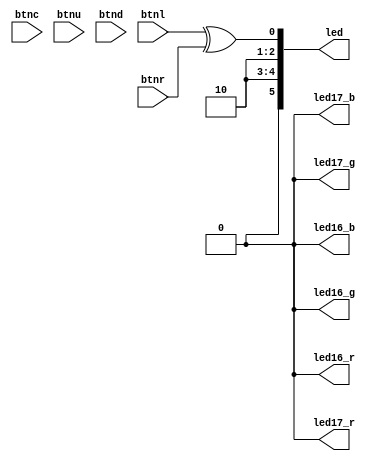
// This program was cloned from: https://github.com/DigitalDesignSchool/ce2020labs
// License: MIT License

module top
(
    input         btnc,
    input         btnu,
    input         btnl,
    input         btnr,
    input         btnd,

    output [15:0] led,

    output        led16_r,
    output        led16_g,
    output        led16_b,

    output        led17_r,
    output        led17_g,
    output        led17_b
);

    assign led [0] = btnl ^ btnr;

    // Exercise 1: Change the code below.
    // Write the same for led [1] - logic operation AND 
    // Write the same for led [2] - logic operation OR

    assign led [1] = 1'b0;
    assign led [2] = 1'b1;

    // Exercise 2: RGB leds allow to make different colors.
    // Explore them.

    assign led16_r = 1'b0;
    assign led16_g = 1'b0;
    assign led16_b = 1'b0;

    assign led17_r = 1'b0;
    assign led17_g = 1'b0;
    assign led17_b = 1'b0;

endmodule